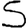
Digit: 5